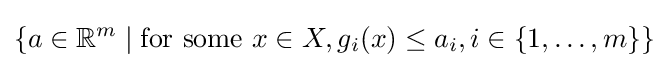
\{a\in \mathbb {R} ^{m}\mid {\text{for some }}x\in X,g_{i}(x)\leq a_{i},i\in \{1,\ldots ,m\}\}